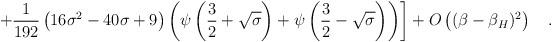
LaTeX: \begin{align*}\left. + \frac {1}{192} \left( 16{\sigma}^2-40\sigma +9\right) \left(\psi\left(\frac 32+\sqrt {\sigma}\right) +\psi\left(\frac 32 -\sqrt{\sigma}\right)\right)\right]+O\left((\beta-\beta_H)^2\right)~~~.\end{align*}